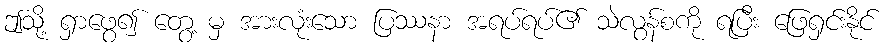
ဤသို့ ရှာဖွေ၍ တွေ့ မှ အားလုံးသော ပြဿနာ အရပ်ရပ်၏ သဲလွန်စကို ရပြီး ဖြေရှင်းနိုင်